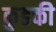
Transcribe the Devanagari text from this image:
कुडकी